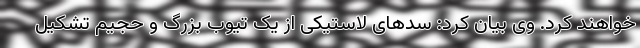
خواهند کرد. وی بیان کرد: سدهای لاستیکی از یک تیوب بزرگ و حجیم تشکیل